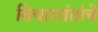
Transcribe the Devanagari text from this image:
विचारवंतांचे